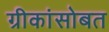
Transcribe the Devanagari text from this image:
ग्रीकांसोबत